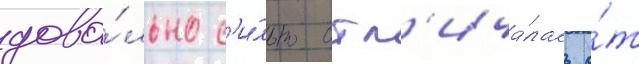
дово́льно с'и́льно отл'ича́лась о́т